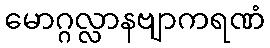
မောဂ္ဂလ္လာနဗျာကရဏံ